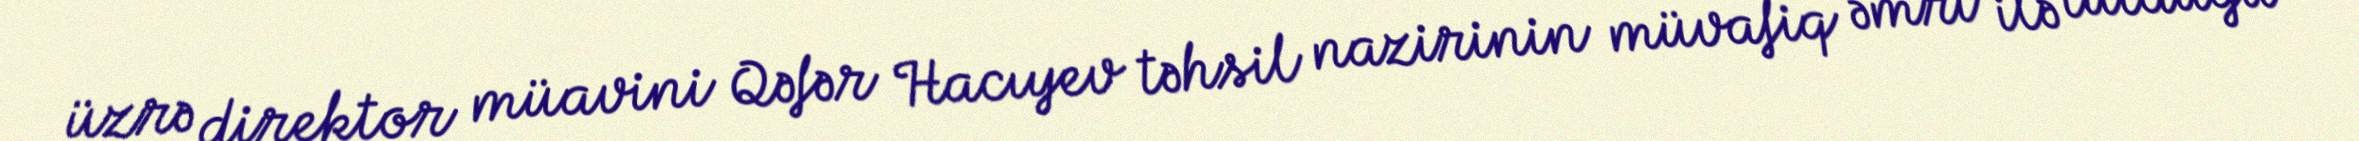
üzrə direktor müavini Qəfər Hacıyev təhsil nazirinin müvafiq əmri ilə tutduğu